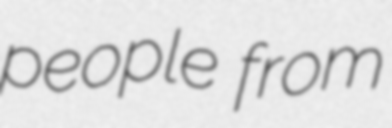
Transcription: people from